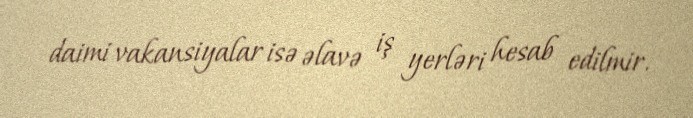
daimi vakansiyalar isə əlavə iş yerləri hesab edilmir.